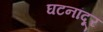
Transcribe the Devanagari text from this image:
घटनांदूर